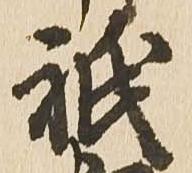
祇